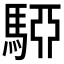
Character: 𩤷